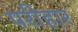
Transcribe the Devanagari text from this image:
परीहार